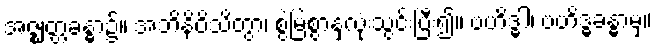
အဇ္ဈတ္တခန္ဓာ၌။ အဘိနိဝိသိတွာ၊ စွဲမြဲစွာနှလုံးသွင်းပြီး၍။ ဗဟိဒ္ဓါ၊ ဗဟိဒ္ဓခန္ဓာမှ။